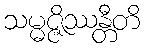
သမ္မဇ္ဇိဿန္တီတိ